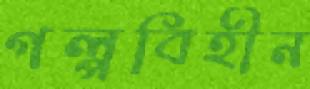
গল্পবিহীন